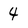
Character: 4